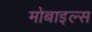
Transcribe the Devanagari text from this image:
मोबाइल्स